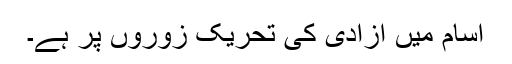
آسام میں آزادی کی تحریک زوروں پر ہے۔